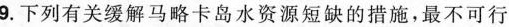
9.下列有关缓解马略卡岛水资源短缺的措施，最不可行